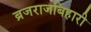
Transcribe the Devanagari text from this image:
ब्रजराजबिहारी